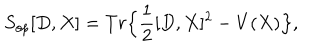
S _ { o p } [ D , X ] = T r \Big \{ \frac { 1 } { 2 } [ D , X ] ^ { 2 } - V ( X ) \Big \} ,